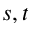
s , t